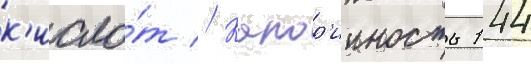
к'исло́т // Калор'ииность 144